Annual administration report of the Civil Veterinary Department of India - 1899-1900
Year: 1899
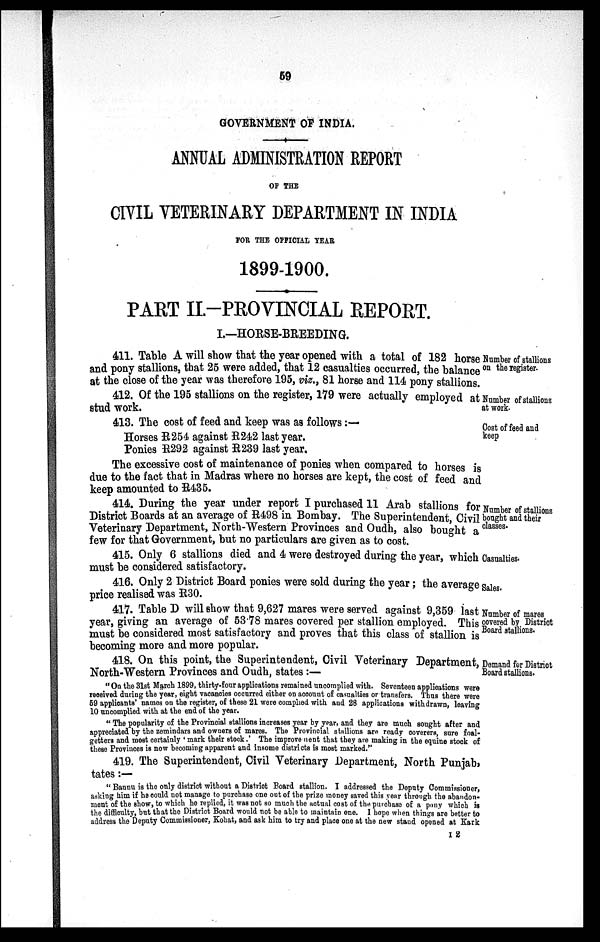
59
GOVERNMENT OF INDIA.
ANNUAL ADMINISTRATION REPORT
OF THE
CIVIL VETERINARY DEPARTMENT IN INDIA
FOR THE OFFICIAL YEAR
1899-1900.
PART II.—PROVINCIAL REPORT.
I.—HORSE-BREEDING.
Number of stallions
on the register.
411. Table A will show that the year opened with a total of 182 horse
and pony stallions, that 25 were added, that 12 casualties occurred, the balance
at the close of the year was therefore 195, viz., 81 horse and 114 pony stallions.
Number of stallions
at work.
412. Of the 195 stallions on the register, 179 were actually employed at
stud work.
Cost of feed and
keep
413. The cost of feed and keep was as follows :—
Horses R254 against R242 last year.
Ponies R292 against R239 last year.
The excessive cost of maintenance of ponies when compared to horses is
due to the fact that in Madras where no horses are kept, the cost of feed and
keep amounted to R435.
Number of stallions
bought and their
classes.
414. During the year under report I purchased 11 Arab stallions for
District Boards at an average of R498 in Bombay. The Superintendent, Civil
Veterinary Department, North-Western Provinces and Oudh, also bought a
few for that Government, but no particulars are given as to cost.
Casualties.
415. Only 6 stallions died and 4 were destroyed during the year, which
must be considered satisfactory.
Sales.
416. Only 2 District Board ponies were sold during the year; the average
price realised was R30.
Number of mares
covered by District
Board stallions.
417. Table D will show that 9,627 mares were served against 9,359 last
year, giving an average of 53.78 mares covered per stallion employed. This
must be considered most satisfactory and proves that this class of stallion is
becoming more and more popular.
Demand for District
Board stallions.
418. On this point, the Superintendent, Civil Veterinary Department,
North-Western Provinces and Oudh, states :—
"On the 31st March 1899, thirty-four applications remained uncomplied with. Seventeen applications were
received during the year, eight vacancies occurred either on account of casualties or transfers. Thus there were
59 applicants' names on the register, of these 21 were complied with and 28 applications withdrawn, leaving
10 uncomplied with at the end of the year.
"The popularity of the Provincial stallions increases year by year, and they are much sought after and
appreciated by the zemindars and owners of mares. The Provincial stallions are ready coverers, sure foal-
getters and most certainly 'mark their stock.' The improve nent that they are making in the equine stock of
these Provinces is now becoming apparent and insome districts is most marked."
419. The Superintendent, Civil Veterinary Department, North Punjab,
tates:—
"Baunu is the only district without a District Board stallion. I addressed the Deputy Commissioner,
asking him if he could not manage to purchase one out of the prize money saved this year through the abandon-
ment of the show, to which he replied, it was not so much the actual cost of the purchase of a pony which is
the difficulty, but that the District Board would not be able to maintain one. I hope when things are better to
address the Deputy Commissioner, Kohat, and ask him to try and place one at the new stand opened at Kark
I 2